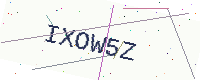
Text: IXOW5Z